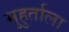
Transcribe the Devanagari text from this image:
मुहुर्ताला